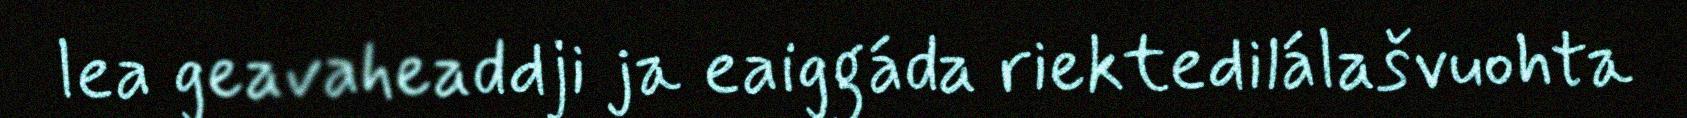
lea geavaheaddji ja eaiggáda riektedilálašvuohta